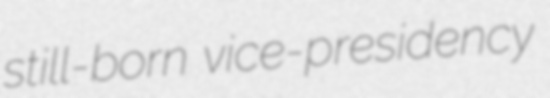
still-born vice-presidency